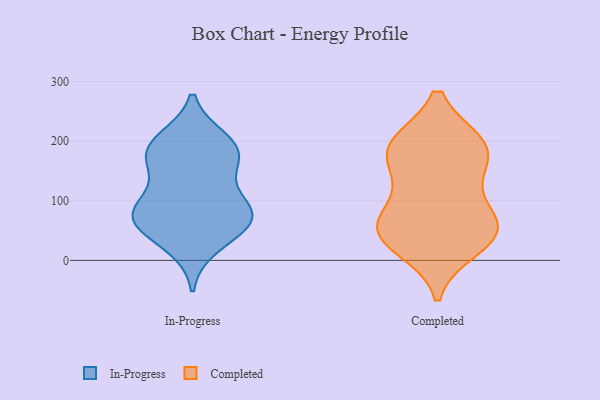
{"axis": {"x": "Gross Profit (USD K)", "y": "Value"}, "legend": ["Completed", "In-Progress"], "data": [{"x": "", "y": 200, "type": "In-Progress"}, {"x": "", "y": 154, "type": "In-Progress"}, {"x": "", "y": 71, "type": "In-Progress"}, {"x": "", "y": 26, "type": "In-Progress"}, {"x": "", "y": 68, "type": "In-Progress"}, {"x": "", "y": 182, "type": "In-Progress"}, {"x": "", "y": 83, "type": "In-Progress"}, {"x": "", "y": 67, "type": "In-Progress"}, {"x": "", "y": 185, "type": "In-Progress"}, {"x": "", "y": 102, "type": "In-Progress"}, {"x": "", "y": 182, "type": "In-Progress"}, {"x": "", "y": 70, "type": "In-Progress"}, {"x": "", "y": 57, "type": "Completed"}, {"x": "", "y": 195, "type": "Completed"}, {"x": "", "y": 195, "type": "Completed"}, {"x": "", "y": 146, "type": "Completed"}, {"x": "", "y": 49, "type": "Completed"}, {"x": "", "y": 151, "type": "Completed"}, {"x": "", "y": 61, "type": "Completed"}, {"x": "", "y": 85, "type": "Completed"}, {"x": "", "y": 193, "type": "Completed"}, {"x": "", "y": 194, "type": "Completed"}, {"x": "", "y": 21, "type": "Completed"}, {"x": "", "y": 30, "type": "Completed"}, {"x": "", "y": 58, "type": "Completed"}]}